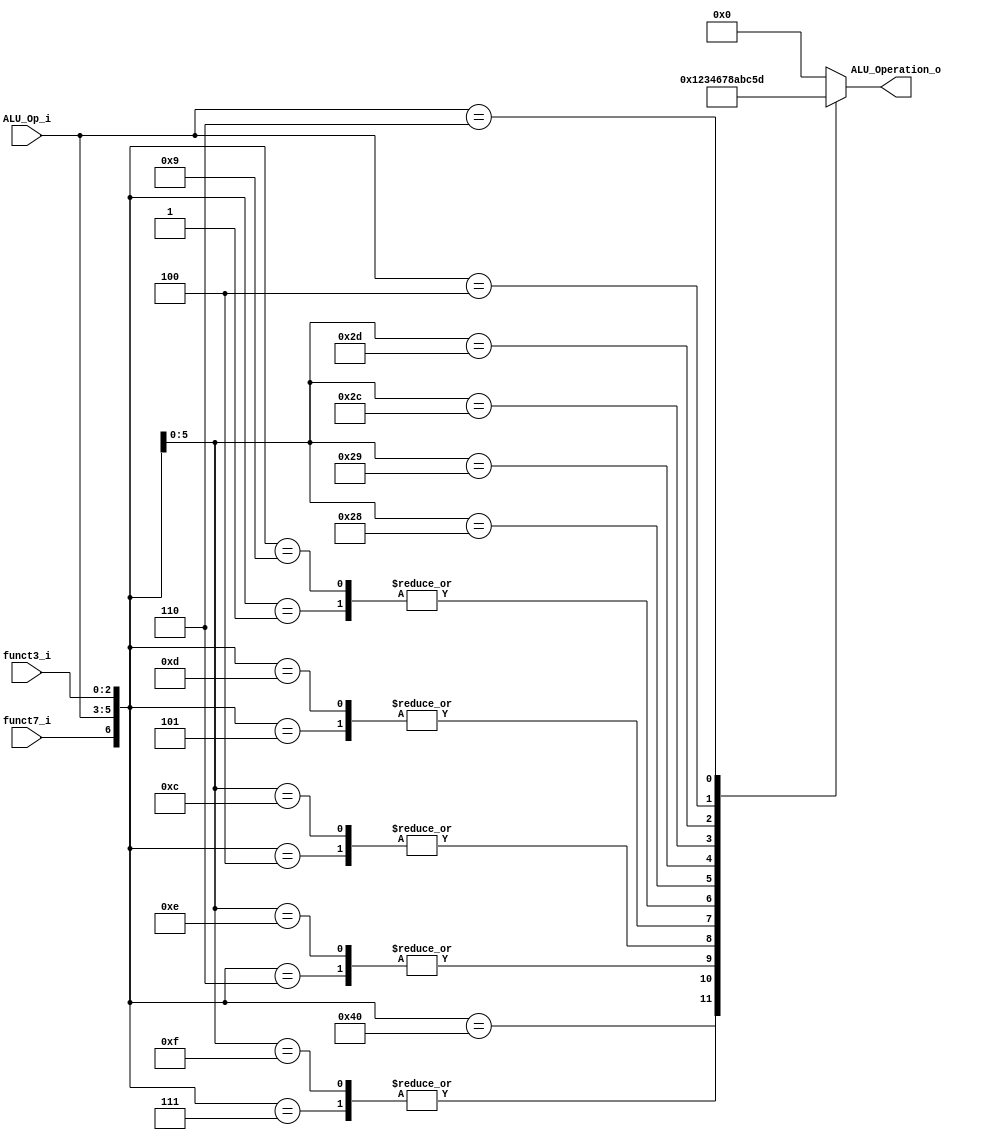
/******************************************************************
* Description
*	This is the control unit for the ALU. It receves a signal called 
*	ALUOp from the control unit and signals called funct7 and funct3  from
*	the instruction bus.
* Version:
*	1.0
* Author:
*	Dr. Jos Luis Pizano Escalante
* email:
*	luispizano@iteso.mx
* Date:
*	16/08/2021
******************************************************************/
module ALU_Control
(
	input funct7_i, 
	input [2:0] ALU_Op_i,
	input [2:0] funct3_i,
	

	output [3:0] ALU_Operation_o

);
										
//R types							 f7 upc  f3
localparam R_Type_ADD		= 7'b0_000_000;
localparam R_Type_SUB		= 7'b1_000_000;
localparam R_Type_AND		= 7'b0_000_111;
localparam R_Type_OR			= 7'b0_000_110;
localparam R_Type_XOR		= 7'b0_000_100;
localparam R_Type_SRL		= 7'b0_000_101;
localparam R_Type_SLL		= 7'b0_000_001;
//I types
localparam I_Type_ADDI		= 7'bx_001_000;
localparam I_Type_ANDI		= 7'bx_001_111;
localparam I_Type_ORI		= 7'bx_001_110;
localparam I_Type_XORI		= 7'bx_001_100;
localparam I_Type_SRLI		= 7'b0_001_101;
localparam I_Type_SLLI		= 7'b0_001_001;
localparam I_Type_LW			= 7'bx_010_010;
localparam I_Type_JALR		= 7'bx_111_000;
//S types
localparam S_Type_SW			= 7'bx_010_010;
//B types
localparam B_Type_BEQ		= 7'bx_101_000;
localparam B_Type_BNE		= 7'bx_101_001;
localparam B_Type_BLT		= 7'bx_101_100;
localparam B_Type_BGE		= 7'bx_101_101;
//U types
localparam U_Type_LUI		= 7'bx_100_xxx;
//J Types
localparam J_Type_JAL		= 7'bx_110_xxx;

reg [3:0] alu_control_values;
wire [6:0] selector;

assign selector = {funct7_i, ALU_Op_i, funct3_i};

always@(selector)begin
	casex(selector)
		//R types
		R_Type_ADD:			alu_control_values = 4'b0000;
		R_Type_SUB:			alu_control_values = 4'b0001;
		R_Type_AND: 		alu_control_values = 4'b0010;
		R_Type_OR:			alu_control_values = 4'b0011;
		R_Type_XOR:			alu_control_values = 4'b0100;
		R_Type_SRL:			alu_control_values = 4'b0110;
		R_Type_SLL:			alu_control_values = 4'b0111;
		//I types
		I_Type_ADDI:		alu_control_values = 4'b0000;
		I_Type_ANDI:		alu_control_values = 4'b0010;
		I_Type_ORI:			alu_control_values = 4'b0011;
		I_Type_XORI:		alu_control_values = 4'b0100;
		I_Type_SRLI:		alu_control_values = 4'b0110;
		I_Type_SLLI:		alu_control_values = 4'b0111;
		I_Type_LW:			alu_control_values = 4'b0000;
		I_Type_JALR:		alu_control_values = 4'b0000;
		//S types
		S_Type_SW:			alu_control_values = 4'b0000;
		//B types
		B_Type_BEQ:			alu_control_values = 4'b1000;
		B_Type_BNE:			alu_control_values = 4'b1010;
		B_Type_BLT:			alu_control_values = 4'b1011;
		B_Type_BGE:			alu_control_values = 4'b1100;
		//U types
		U_Type_LUI:			alu_control_values = 4'b0101;
		//J Types
		J_Type_JAL:			alu_control_values = 4'b1101;
		
	

		default: alu_control_values = 4'b00_00;
	endcase
end


assign ALU_Operation_o = alu_control_values;



endmodule